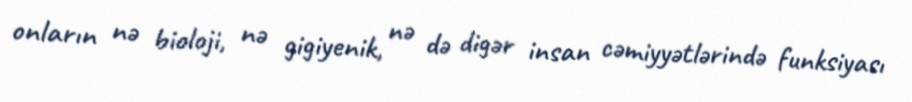
onların nə bioloji, nə gigiyenik, nə də digər insan cəmiyyətlərində funksiyası